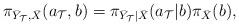
LaTeX: \begin{align*}\pi_{\bar{Y}_{\mathcal{T}},\bar{X}}(a_{\mathcal{T}},b)=\pi_{\bar{Y}_{\mathcal{T}}|\bar{X}}(a_{\mathcal{T}}|b)\pi_{\bar{X}}(b),\end{align*}